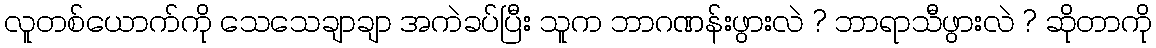
လူတစ်ယောက်ကို သေသေချာချာ အကဲခပ်ပြီး သူက ဘာဂဏန်းဖွားလဲ ? ဘာရာသီဖွားလဲ ? ဆိုတာကို